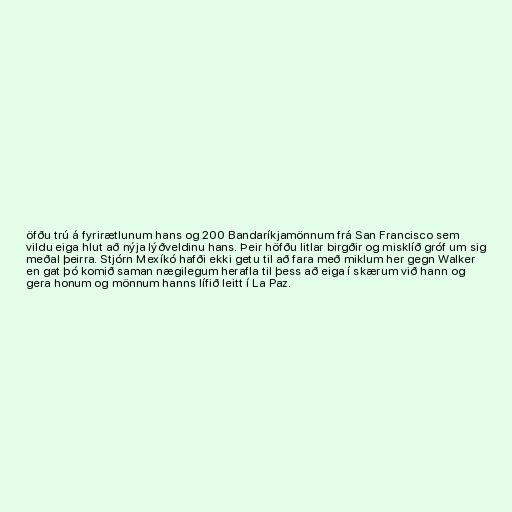
öfðu trú á fyrirætlunum hans og 200 Bandaríkjamönnum frá San Francisco sem
vildu eiga hlut að nýja lýðveldinu hans. Þeir höfðu litlar birgðir og misklíð gróf um sig
meðal þeirra. Stjórn Mexíkó hafði ekki getu til að fara með miklum her gegn Walker
en gat þó komið saman nægilegum herafla til þess að eiga í skærum við hann og
gera honum og mönnum hanns lífið leitt í La Paz.